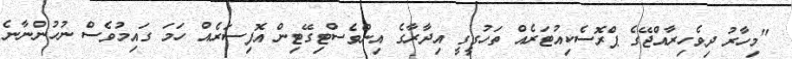
"މިހާރު ދިވެހިރާއްޖޭގެ ޕްރޮސެކިއުޓަރެއް ތަހުގީގީ އިދާރާގެ އިންވެސްޓިގޭޓިން އޮފިސަރެއް ހަމަ ގައިމުވެސް ނުހުންނާނެ